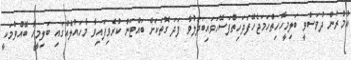
އުމުރުން ދުވަސްވީ ބަލިމީހާހިތްހަމަޖެހޭފަދަހިތްފަސޭހަވައިބަދަލުވާ ފަދަ ގޮތަކަށް ބައްޓަން ކުރެވިފައިވާ މާހައުލެއްގައި ބަލިމީހާ ބޭއްވުމަކީ